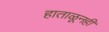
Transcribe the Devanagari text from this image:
हाताळूनही